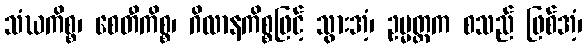
သံဃကိစ္စ၊ စေတီကိစ္စ၊ ဂိလာနကိစ္စဖြင့် သွားအံ့၊ ဥမ္မတ္တက စသည် ဖြစ်အံ့၊